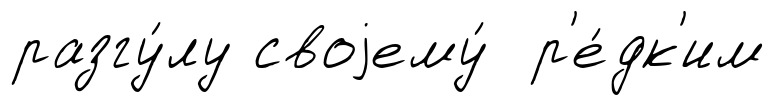
разгу́лу своjему́ р'е́дк'им